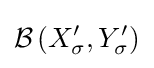
{\mathcal {B}}\left(X_{\sigma }^{\prime },Y_{\sigma }^{\prime }\right)